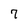
Character: 7